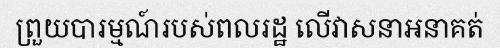
ព្រួយបារម្មណ៍របស់ពលរដ្ឋ លើវាសនាអនាគត់